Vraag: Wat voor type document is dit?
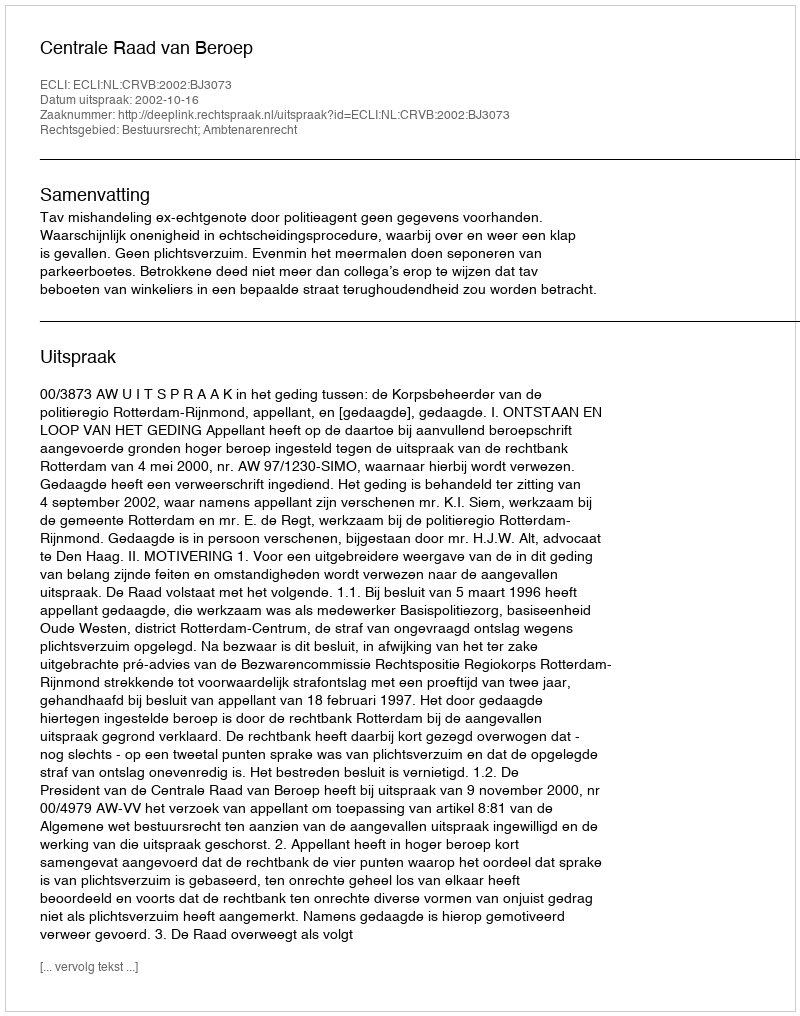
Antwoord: Uitspraak